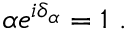
\alpha e ^ { i \delta _ { \alpha } } = 1 \ .